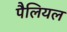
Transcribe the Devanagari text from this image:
पैलियल